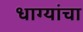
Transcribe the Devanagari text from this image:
धाग्यांचा